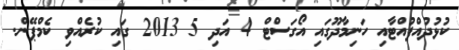
ކުޅުދުއްފުއްޓާއި ހަނިމާދޫގައި އޯގަސްޓް 4 އަދި 5 2013 ގައި ކުރެއްވި ކެމްޕޭން.